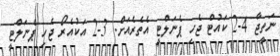
ނަތީޖާ 4-2 ކައުޓް ޖެހި ޕެނަލްޓީ އެތެރެއަށް. 3-2 އަކުއެރޯ ޖެހި ޕެނަލްޓީ